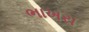
ભાખરા